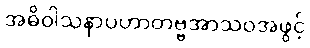
အဓိဝါသနာပဟာတဗ္ဗအာသဝအဖွင့်